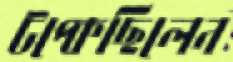
টপ্‌কেছিলেন